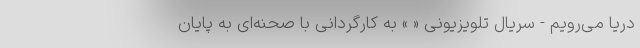
دریا می‌رویم - سریال تلویزیونی « » به کارگردانی با صحنه‌ای به پایان